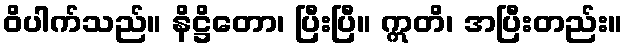
ဝိပါက်သည်။ နိဋ္ဌိတော၊ ပြီးပြီ။ ဣတိ၊ အပြီးတည်း။